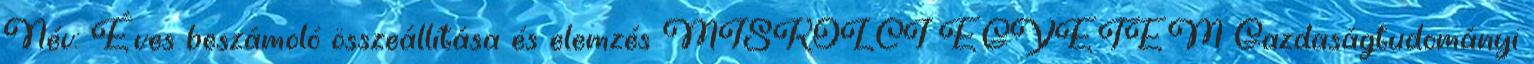
Név: Éves beszámoló összeállítása és elemzés MISKOLCI EGYETEM Gazdaságtudományi